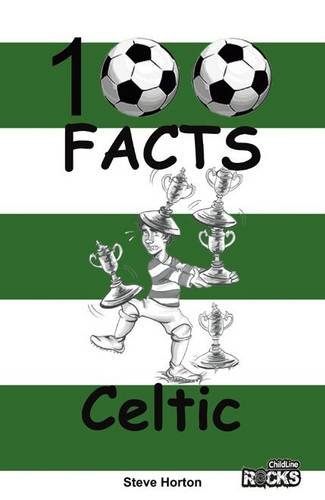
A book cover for Celtic - 100 Facts; Steve Horton; Teen & Young Adult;